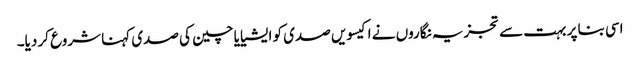
اسی بنا پر بہت سے تجزیہ نگاروں نے اکیسویں صدی کو ایشیا یا چین کی صدی کہنا شروع کر دیا۔